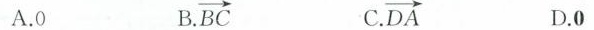
A.0 B. \overrightarrow{BC} C. \overrightarrow{DA} D.0